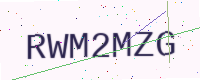
Text: RWM2MZG